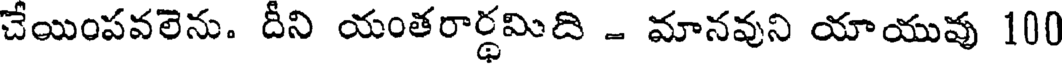
చేయింపవలెను. దీని యంతరార్థమిది - మానవుని యాయువు 100